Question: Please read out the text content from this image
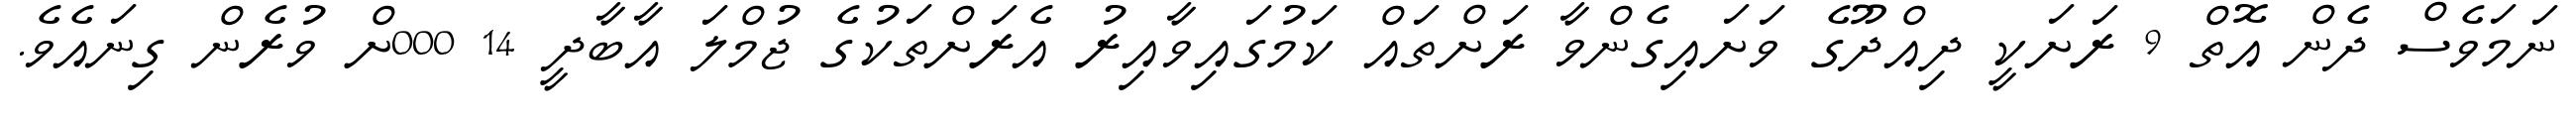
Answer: ނަމަވެސް ދެން އޮތް 9 ރަށަކީ ދިއްދޫގެ ވަށައިގެންވާ ރަށްތައް ކަމުގައިވާއިރު އެރަށްތަކުގެ ޖުމްލަ އާބާދީ 14 000ށް ވުރެން ގިނައެވެ.